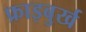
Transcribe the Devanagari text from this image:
फ्राइबुर्ख